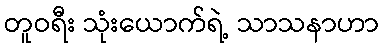
တူဝရီး သုံးယောက်ရဲ့ သာသနာဟာ